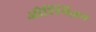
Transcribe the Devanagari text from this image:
औप्टिमिज़म